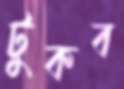
টুকব